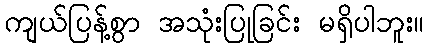
ကျယ်ပြန့်စွာ အသုံးပြုခြင်း မရှိပါဘူး။